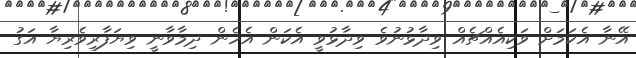
އޭނާ އެކަމަށް ވަކިއެއްޗެއް ވިދާޅުނުވެ ވިދާޅުވީ އެކަން އެހެން ދިމާވާނީ ވިޔަފާރިވެރިޔާ އަގު